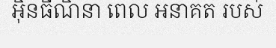
អ៊ិនធឺណិនា ពេល អនាគត របស់